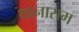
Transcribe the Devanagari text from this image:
थानाराम